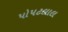
પોપટલાલ